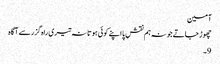
آمین
چھوڑ جاتے جو نہ ہم نقشِ پا اپنے کوئی ہوتا نہ تیری راہ گزر سے آگاہ
9۔